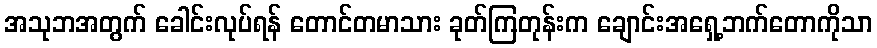
အသုဘအတွက် ခေါင်းလုပ်ရန် တောင်တမာသား ခုတ်ကြတုန်းက ချောင်းအရှေ့ဘက်တောကိုသာ